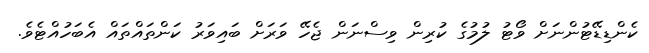
ކެންޑިޑޭޓުންނަށް ވޯޓު ލުމުގެ ކުރިން ވިސްނަން ޖެހޭ ވަރަށް ބައިވަރު ކަންތައްތައް އެބަހުއްޓެވެ.